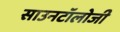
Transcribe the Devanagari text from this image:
साउनटॉलोजी